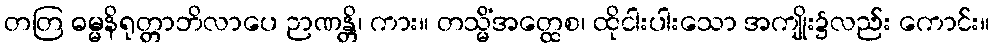
တတြ ဓမ္မနိရုတ္တာဘိလာပေ ဉာဏန္တိ၊ ကား။ တသ္မိံအတ္ထေစ၊ ထိုငါးပါးသော အကျိုး၌လည်း ကောင်း။